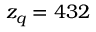
z _ { q } = 4 3 2